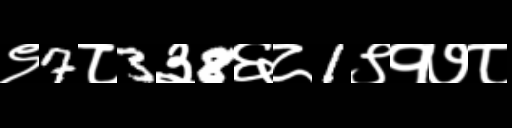
Text: ९7८3३8६८1९१७८